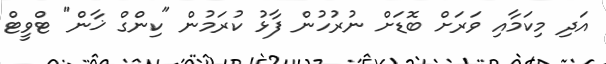
އަދި މިކަމާއި ވަރަށް ބޮޑަށް ނުރުހުން ފާޅު ކުރަމުން "ކިންގް ޚާން" ޓްވީޓް